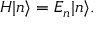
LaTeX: { H } | n \rangle = E _ { n } | n \rangle .